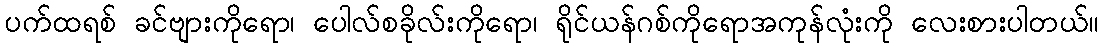
ပက်ထရစ် ခင်ဗျားကိုရော၊ ပေါလ်စခိုလ်းကိုရော၊ ရိုင်ယန်ဂစ်ကိုရောအကုန်လုံးကို လေးစားပါတယ်။